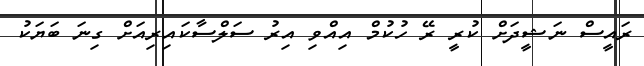
ރައީސް ނަޝީދަށް ކުރީ ރޭ ހުކުމް އިއްވި އިރު ސަލްސާކައިރިއަށް ގިނަ ބަޔަކު